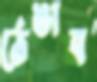
ঠেঙাব